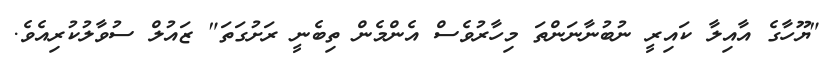
"ޔޫހާގެ އާއިލާ ކައިރީ ނުބުނާނަންތަ މިހާރުވެސް އެންމެން ތިބެނީ ރަށުގަތަ" ޒައުލް ސުވާލުކުރިއެވެ.